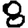
Digit: 8